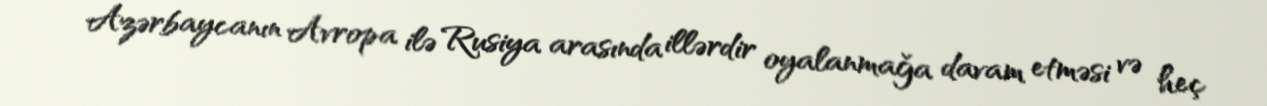
Azərbaycanın Avropa ilə Rusiya arasında illərdir oyalanmağa davam etməsi və heç